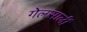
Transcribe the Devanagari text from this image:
गेलसालीं